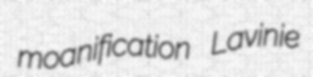
moanification Lavinie